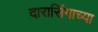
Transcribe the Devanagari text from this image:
दारासिंगाच्या